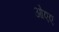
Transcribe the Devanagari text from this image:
ओएए